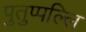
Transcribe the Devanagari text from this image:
पुतुप्पल्लि